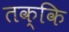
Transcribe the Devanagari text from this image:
तक्कि